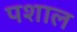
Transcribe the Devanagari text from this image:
पशाल